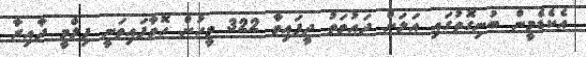
އެކެޑެމީން ބުނިގޮތުގައި އަލަށް ދައުވަތު ދީފައިވާ 322 މީހުން ހޮވާފައިވަނީ ފިލްމީ ދާއިރާ